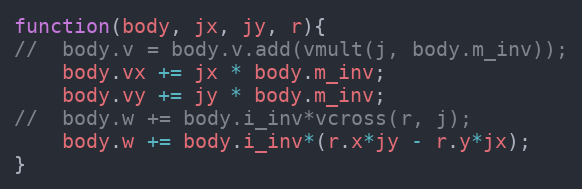
Language: JavaScript
function(body, jx, jy, r){
//  body.v = body.v.add(vmult(j, body.m_inv));
    body.vx += jx * body.m_inv;
    body.vy += jy * body.m_inv;
//  body.w += body.i_inv*vcross(r, j);
    body.w += body.i_inv*(r.x*jy - r.y*jx);
}